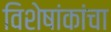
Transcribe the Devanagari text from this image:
विशेषांकांचा